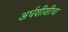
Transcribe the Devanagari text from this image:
अर्धशीशीचा